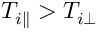
T _ { i \parallel } > T _ { i \perp }